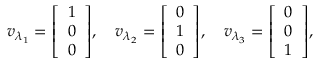
v _ { \lambda _ { 1 } } = { \left[ \begin{array} { l } { 1 } \\ { 0 } \\ { 0 } \end{array} \right] } , \quad v _ { \lambda _ { 2 } } = { \left[ \begin{array} { l } { 0 } \\ { 1 } \\ { 0 } \end{array} \right] } , \quad v _ { \lambda _ { 3 } } = { \left[ \begin{array} { l } { 0 } \\ { 0 } \\ { 1 } \end{array} \right] } ,